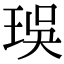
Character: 㻍